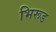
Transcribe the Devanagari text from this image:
भिरूड